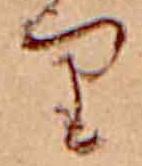
り